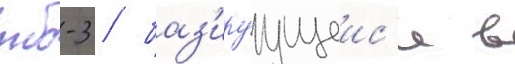
тб-3 / баз'ируущеис'я в